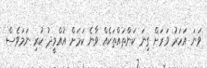
ވަނަ އަހަރު ވަރަށް ގިނަ ކަންތައްތަކެއް ވާނެ ކަމަށް އުއްމީދު ކުރި ނަމަވެސް